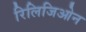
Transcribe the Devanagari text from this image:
रिलिजिओन